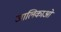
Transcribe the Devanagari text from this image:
जालिकाओं